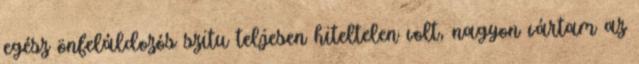
egész önfeláldozós szitu teljesen hiteltelen volt, nagyon vártam az